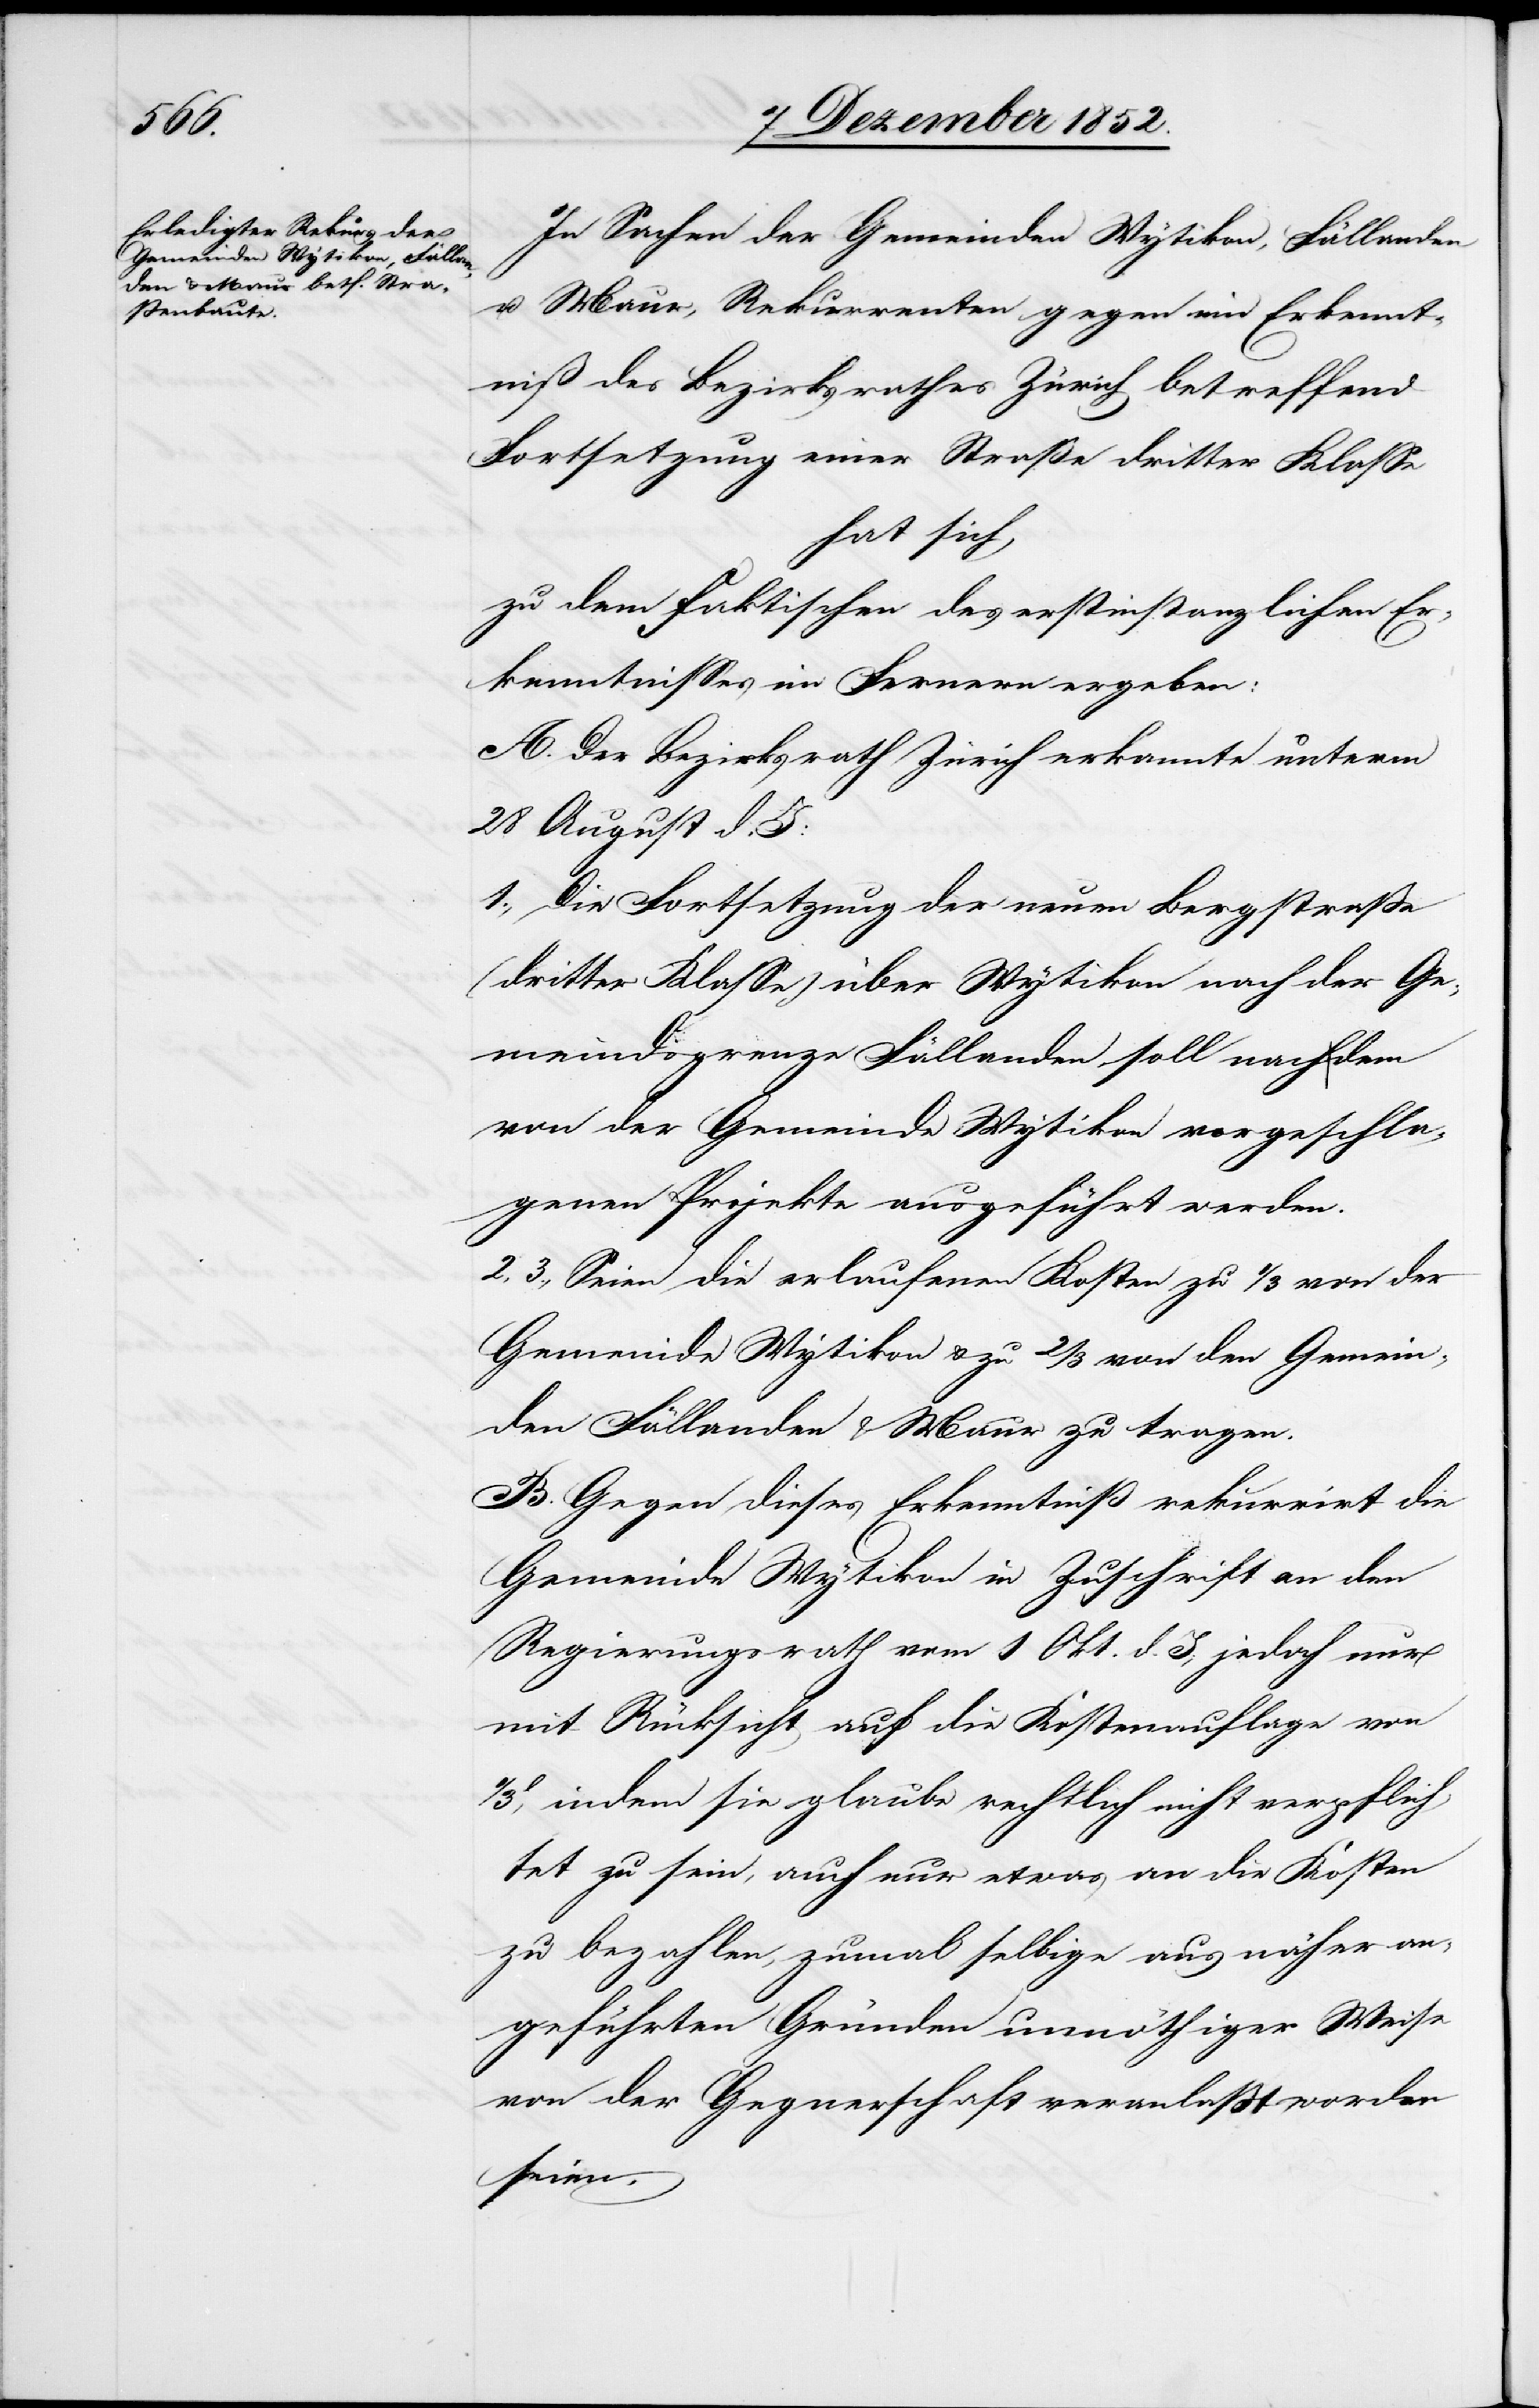
In Sachen der Gemeinden Wytikon, Fällanden
u. Maur, Rekurrenten gegen ein Erkennt¬
niß des Bezirksrathes Zürich betreffend
Fortsetzung einer Straße dritter Klasse
hat sich,
zu dem faktischen des erstinstanzlichen Er¬
kenntnisses im Fernern ergeben:
A. Der Bezirksrath Zürich erkannte unterm
28 August d. J:
1., Die Fortsetzung der neuen Bergstraße
(dritter Klasse) über Wytikon nach der Ge¬
meindsgrenze Fällanden soll nach dem
von der Gemeinde Wytikon vorgeschla¬
genen Projekte ausgeführt werden.
2, 3., Seien die erlaufenen Kosten zu 1/3 von der
Gemeinde Wytikon & zu 2/3 von den Gemein¬
den Fällanden & Maur zu tragen.
B. Gegen dieses Erkenntniß rekurrirt die
Gemeinde Wytikon in Zuschrift an den
Regierungsrath vom 1 Okt. d. J; jedoch nur
mit Rücksicht auf die Kostenauflage von
1/3l. indem sie glaube rechtlich nicht verpflich¬
tet zu sein, auch nur etwas an die Kosten
zu bezahlen, zumal selbige aus näher an¬
geführten Gründen unnöthiger Weise
von der Gegnerschaft veranlaßt worden
seien.